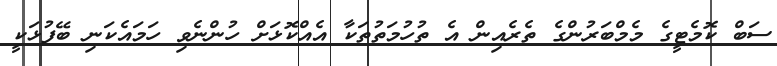
ސަބް ކޮމެޓީގެ މެމްބަރުންގެ ތެރެއިން އެ ތުހުމަތުތަކާ އެއްކޮޅަށް ހުންނެވި ހަމައެކަނި ބޭފުޅަކީ